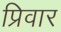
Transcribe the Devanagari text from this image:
प्रिवार